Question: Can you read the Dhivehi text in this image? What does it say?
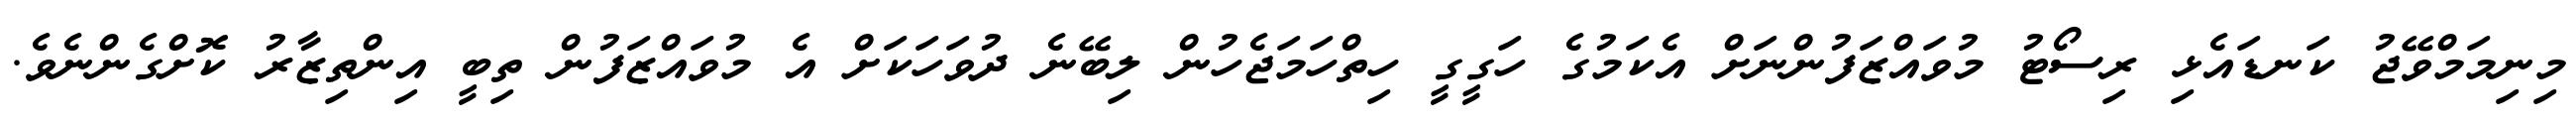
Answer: މިނިމަމްވޭޖު ކަނޑައެޅި ރިސޯޓު މުވައްޒަފުންނަށް އެކަމުގެ ހަގީގީ ހިތްހަމަޖެހުން ލިބޭނެ ދުވަހަކަށް އެ މުވައްޒަފުން ތިބީ އިންތިޒާރު ކޮށްގެންނެވެ.